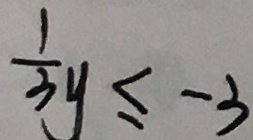
\frac { 1 } { 3 } y \leq - 3